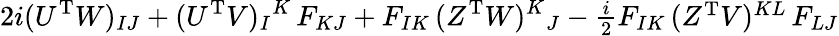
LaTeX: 2i(U^{\mathrm{T}}W)_{IJ}+(U^{\mathrm{T}}V)_{I}{}^{K}\, F_{KJ}+F_{IK}\, (Z^{\mathrm{T}}W)^{K}{}_{J}-\textstyle{\frac{i}{2}}F_{IK}\, (Z^{\mathrm{T}}V)^{KL}\, F_{LJ}